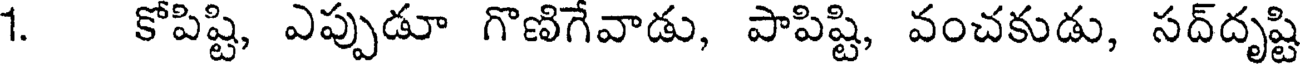
1. కోపిష్టి, ఎప్పుడూ గొణిగేవాడు, పాపిష్టి, వంచకుడు, సద్దృష్టి